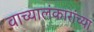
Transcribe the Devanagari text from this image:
वाच्यालंकारांच्या